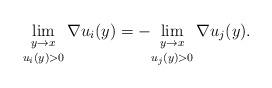
LaTeX: \begin{align*}\underset {u_{i}(y) > 0} {\underset{ y\rightarrow x} { \lim}} \, \nabla u_{i}(y)=- \underset {u_{j}(y) > 0} {\underset{ y\rightarrow x} { \lim}} \, \nabla u_{j}(y).\end{align*}